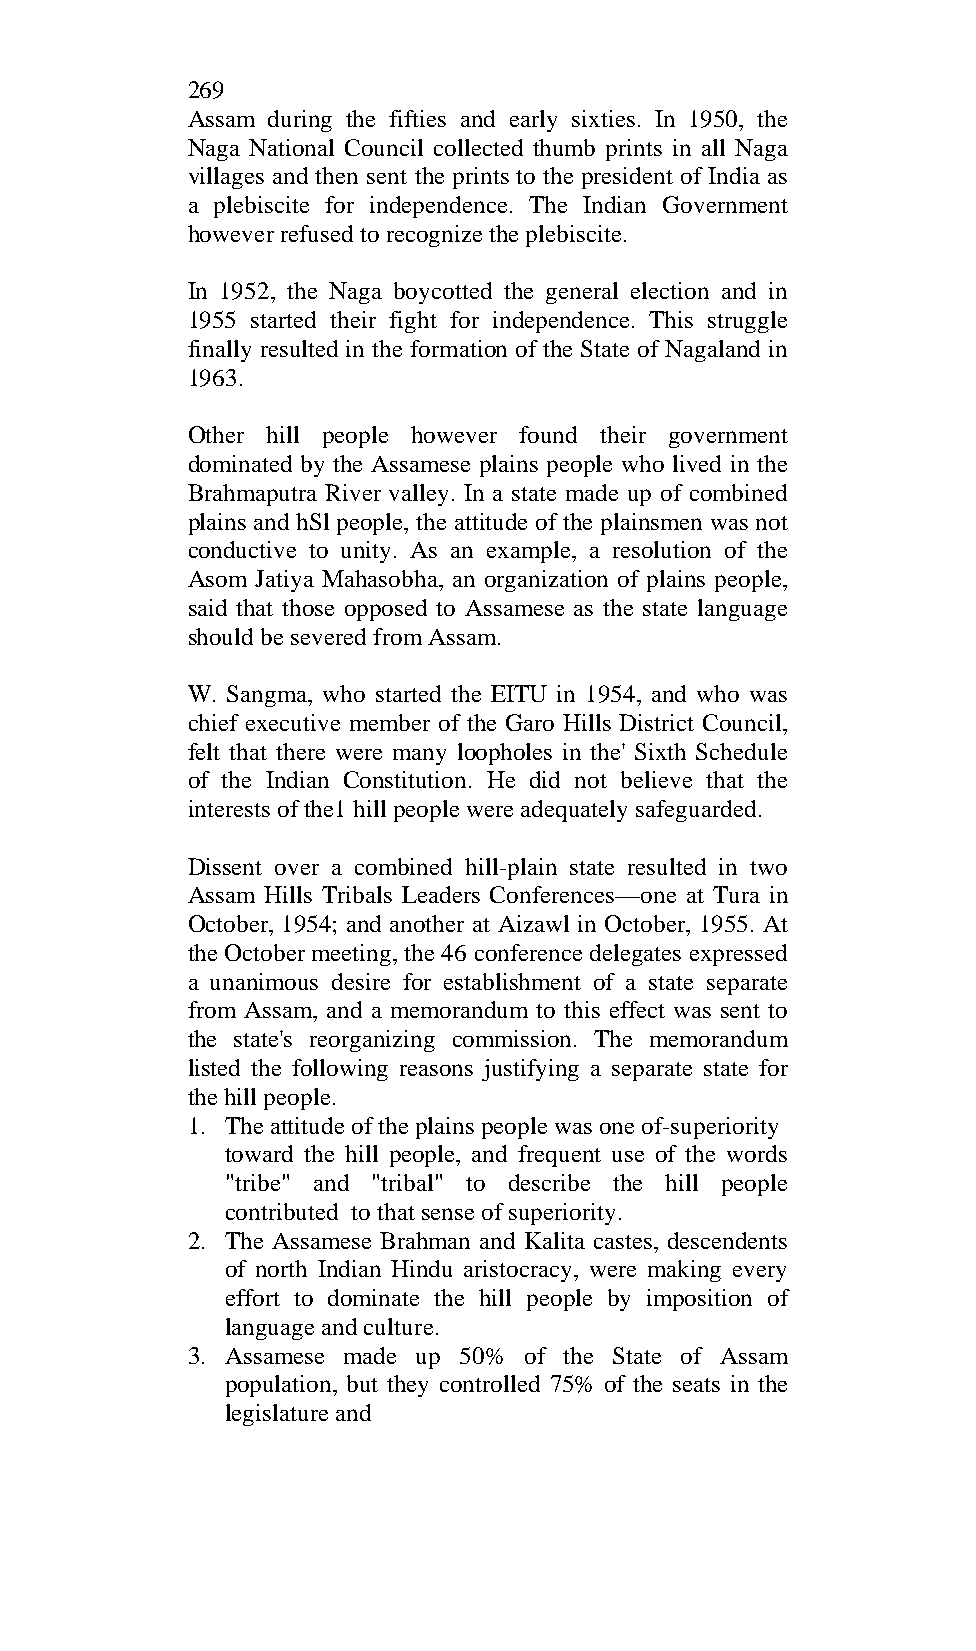
269
 Assam during the fifties and early sixties. In 1950, the
 Naga National Council collected thumb prints in all Naga
 villages and then sent the prints to the president of India as
 a plebiscite for independence. The Indian Government
 however refused to recognize the plebiscite.
 In 1952, the Naga boycotted the general election and in
 1955 started their fight for independence. This struggle
 finally resulted in the formation of the State of Nagaland in
 1963.
 Other hill people however found their government
 dominated by the Assamese plains people who lived in the
 Brahmaputra River valley. In a state made up of combined
 plains and hSl people, the attitude of the plainsmen was not
 conductive to unity. As an example, a resolution of the
 Asom Jatiya Mahasobha, an organization of plains people,
 said that those opposed to Assamese as the state language
 should be severed from Assam.
 W. Sangma, who started the EITU in 1954, and who was
 chief executive member of the Garo Hills District Council,
 felt that there were many loopholes in the' Sixth Schedule
 of the Indian Constitution. He did not believe that the
 interests of the1 hill people were adequately safeguarded.
 Dissent over a combined hill-plain state resulted in two
 Assam Hills Tribals Leaders Conferences—one at Tura in
 October, 1954; and another at Aizawl in October, 1955. At
 the October meeting, the 46 conference delegates expressed
 a unanimous desire for establishment of a state separate
 from Assam, and a memorandum to this effect was sent to
 the state's reorganizing commission. The memorandum
 listed the following reasons justifying a separate state for
 the hill people.
 1. The attitude of the plains people was one of-superiority
 toward the hill people, and frequent use of the words
 "tribe" and "tribal" to describe the hill people
 contributed to that sense of superiority.
 2. The Assamese Brahman and Kalita castes, descendents
 of north Indian Hindu aristocracy, were making every
 effort to dominate the hill people by imposition of
 language and culture.
 3. Assamese made up 50% of the State of Assam
 population, but they controlled 75% of the seats in the
 legislature and